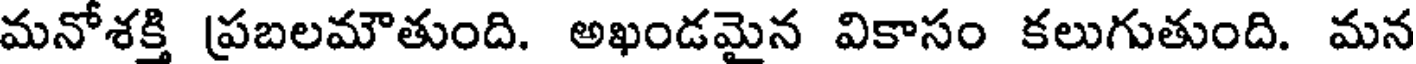
మనోశక్తి ప్రబలమౌతుంది. అఖండమైన వికాసం కలుగుతుంది. మన